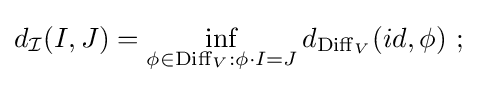
d_{\mathcal {I}}(I,J)=\inf _{\phi \in \operatorname {Diff} _{V}:\phi \cdot I=J}d_{\operatorname {Diff} _{V}}(id,\phi )\ ;